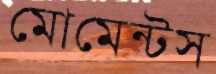
মোমেন্টস